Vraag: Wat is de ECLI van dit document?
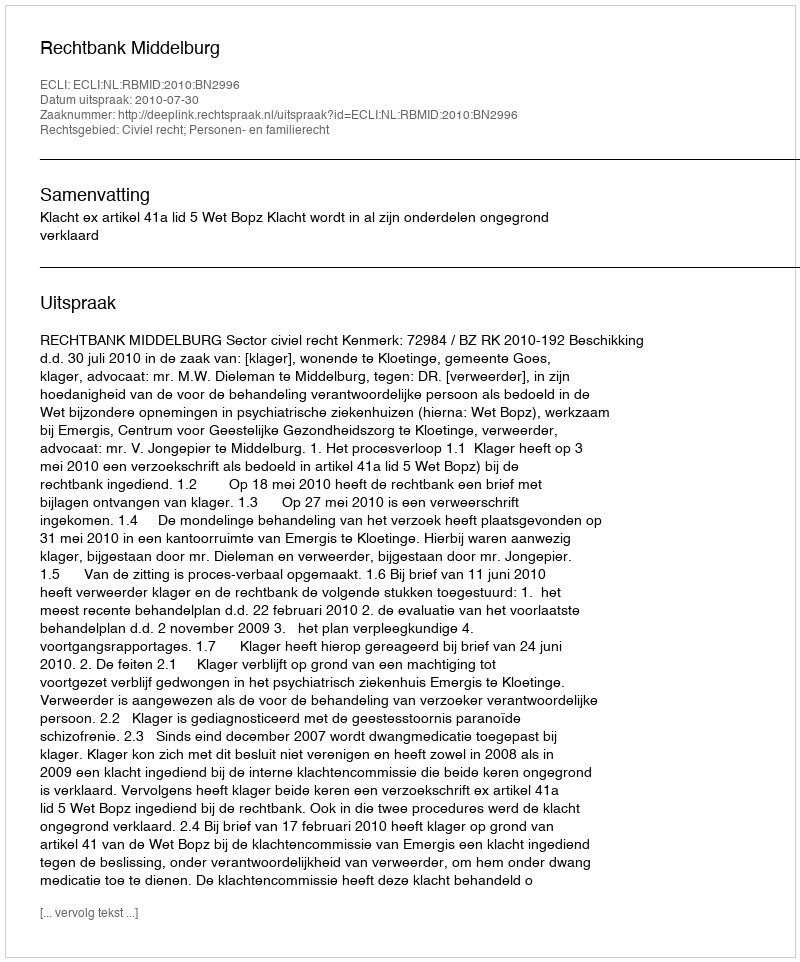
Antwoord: ECLI:NL:RBMID:2010:BN2996